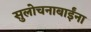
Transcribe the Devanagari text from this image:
सुलोचनाबाईंना